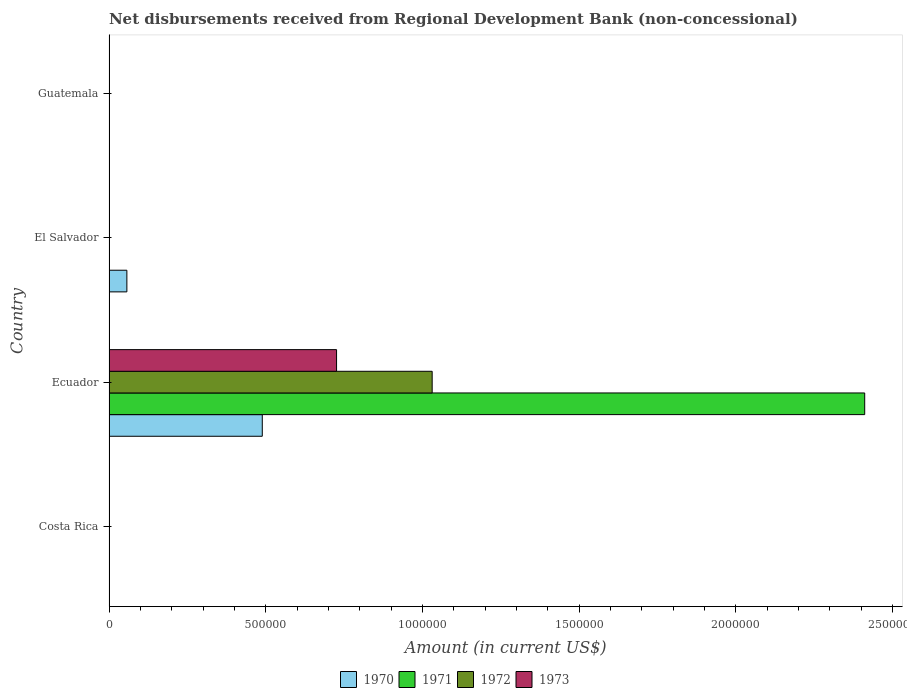
| Country | 1970 | 1971 | 1972 | 1973 |
 | --- | --- | --- | --- | --- |
 | Costa Rica | -9.26e+05 | -4.4e+05 | -2e+04 | -8.44e+05 |
 | Ecuador | 4.89e+05 | 2.41e+06 | 1.03e+06 | 7.26e+05 |
 | El Salvador | 5.7e+04 | -5.75e+05 | -6.81e+05 | -8.43e+05 |
 | Guatemala | -6.56e+05 | -7.82e+05 | -6.27e+05 | -6.41e+05 |